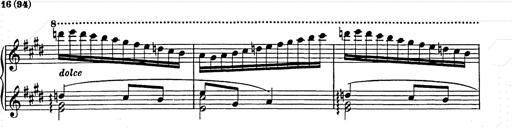
Title: Hungarian Rhapsody No.9
Composer: Franz Liszt
Key: E-flat major